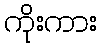
ကိုးကား